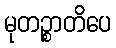
မုတဉ္စာတိပေ